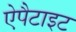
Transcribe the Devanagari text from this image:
ऐपैटाइट